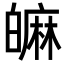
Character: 𤾝